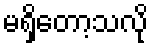
မရှိတော့သလို